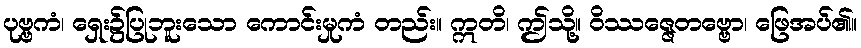
ပုဗ္ဗကံ၊ ရှေး၌ပြုဘူးသော ကောင်းမှုကံ တည်း။ ဣတိ၊ ဤသို့။ ဝိဿဇ္ဇေတဗ္ဗော၊ ဖြေအပ်၏။